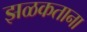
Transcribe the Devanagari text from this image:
झळकताना